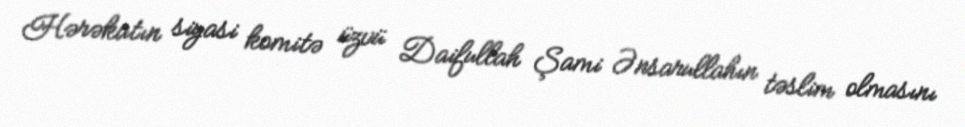
Hərəkatın siyasi komitə üzvü Daifullah Şami Ənsarullahın təslim olmasını